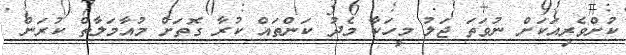
ކުށްވެރިއަކަށް ނުވަތަ ޖަލު މީހަކާ މެދު ކަންތައް ކުރާ ގޮތަށް މުއާމަލާތް ކުރަން